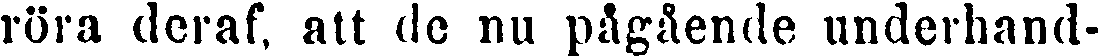
röra deraf, att de nu pågående underhand-